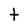
Character: t